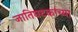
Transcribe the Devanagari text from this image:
जातिघटकांच्या